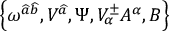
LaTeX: \left\{ \omega ^ { \widehat { a } \widehat { b } } , V ^ { \widehat { a } } , \Psi , V _ { \alpha } ^ { \pm } A ^ { \alpha } , B \right\}